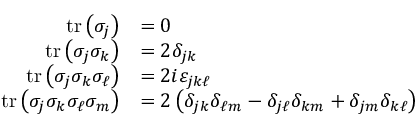
{ \begin{array} { r l } { \operatorname { t r } \left( \sigma _ { j } \right) } & { = 0 } \\ { \operatorname { t r } \left( \sigma _ { j } \sigma _ { k } \right) } & { = 2 \delta _ { j k } } \\ { \operatorname { t r } \left( \sigma _ { j } \sigma _ { k } \sigma _ { \ell } \right) } & { = 2 i \varepsilon _ { j k \ell } } \\ { \operatorname { t r } \left( \sigma _ { j } \sigma _ { k } \sigma _ { \ell } \sigma _ { m } \right) } & { = 2 \left( \delta _ { j k } \delta _ { \ell m } - \delta _ { j \ell } \delta _ { k m } + \delta _ { j m } \delta _ { k \ell } \right) } \end{array} }